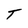
Character: T